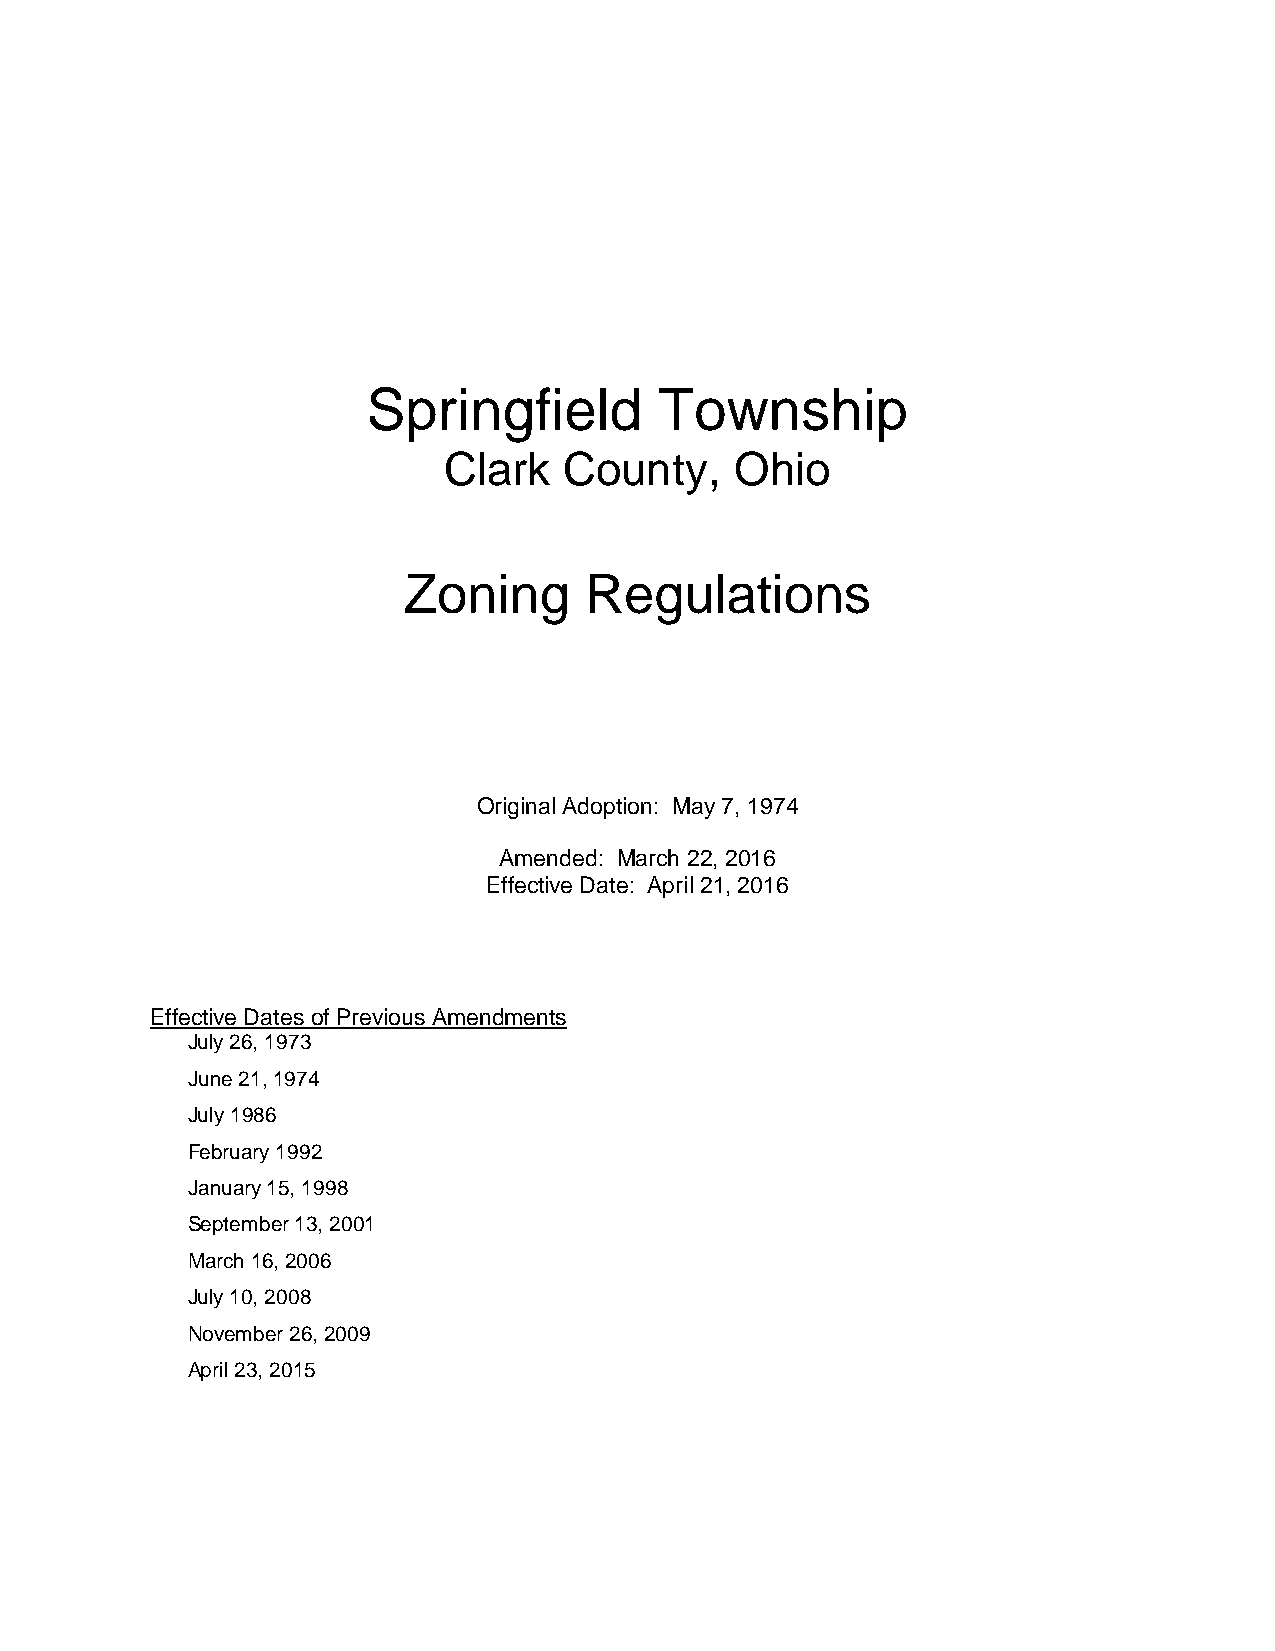
Springfield         Township
 Clark   County,     Ohio
 Zoning      Regulations
 Original Adoption: May 7, 1974
 Amended: March 22, 2016
 Effective Date: April 21, 2016
 Effective Dates of Previous Amendments
 July 26, 1973
 June 21, 1974
 July 1986
 February 1992
 January 15, 1998
 September 13, 2001
 March 16, 2006
 July 10, 2008
 November 26, 2009
 April 23, 2015